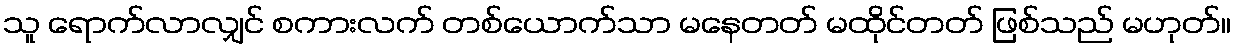
သူ ရောက်လာလျှင် စကားလက် တစ်ယောက်သာ မနေတတ် မထိုင်တတ် ဖြစ်သည် မဟုတ်။